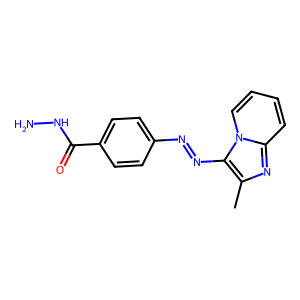
SMILES: Cc1nc2ccccn2c1N=Nc1ccc(C(=O)NN)cc1
Inhibits HIV replication: No